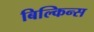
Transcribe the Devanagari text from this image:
बिल्किन्स